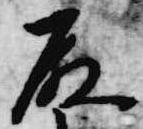
殿